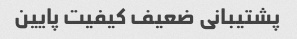
پشتیبانی ضعیف کیفیت پایین